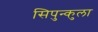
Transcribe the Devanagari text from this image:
सिपुन्कुला